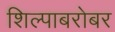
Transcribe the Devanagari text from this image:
शिल्पाबरोबर